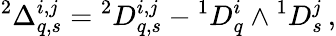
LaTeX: {}^{2}\Delta_{q,s}^{i,j}={}^{2}D_{q,s}^{i,j}-{}^{1}D_{q}^{i}\wedge{}^{1}D_{s}^{j}\, ,